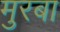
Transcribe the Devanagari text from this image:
मुरबा